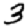
Digit: 3